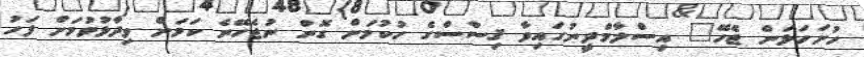
ހުށަހަޅަން ޖެހޭ" އިސްލާމްދީނުގައިވާ ޤިސާސްގެ ހުކުމަށް ގޮން ނުޖެހޭނެ ކަމަށް ވިދާޅުވުމަށް ފަހު